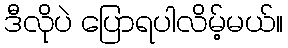
ဒီလိုပဲ ပြောရပါလိမ့်မယ်။